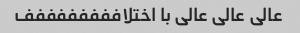
عالی عالی عالی با اختلاففففففففف